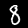
Label: 8